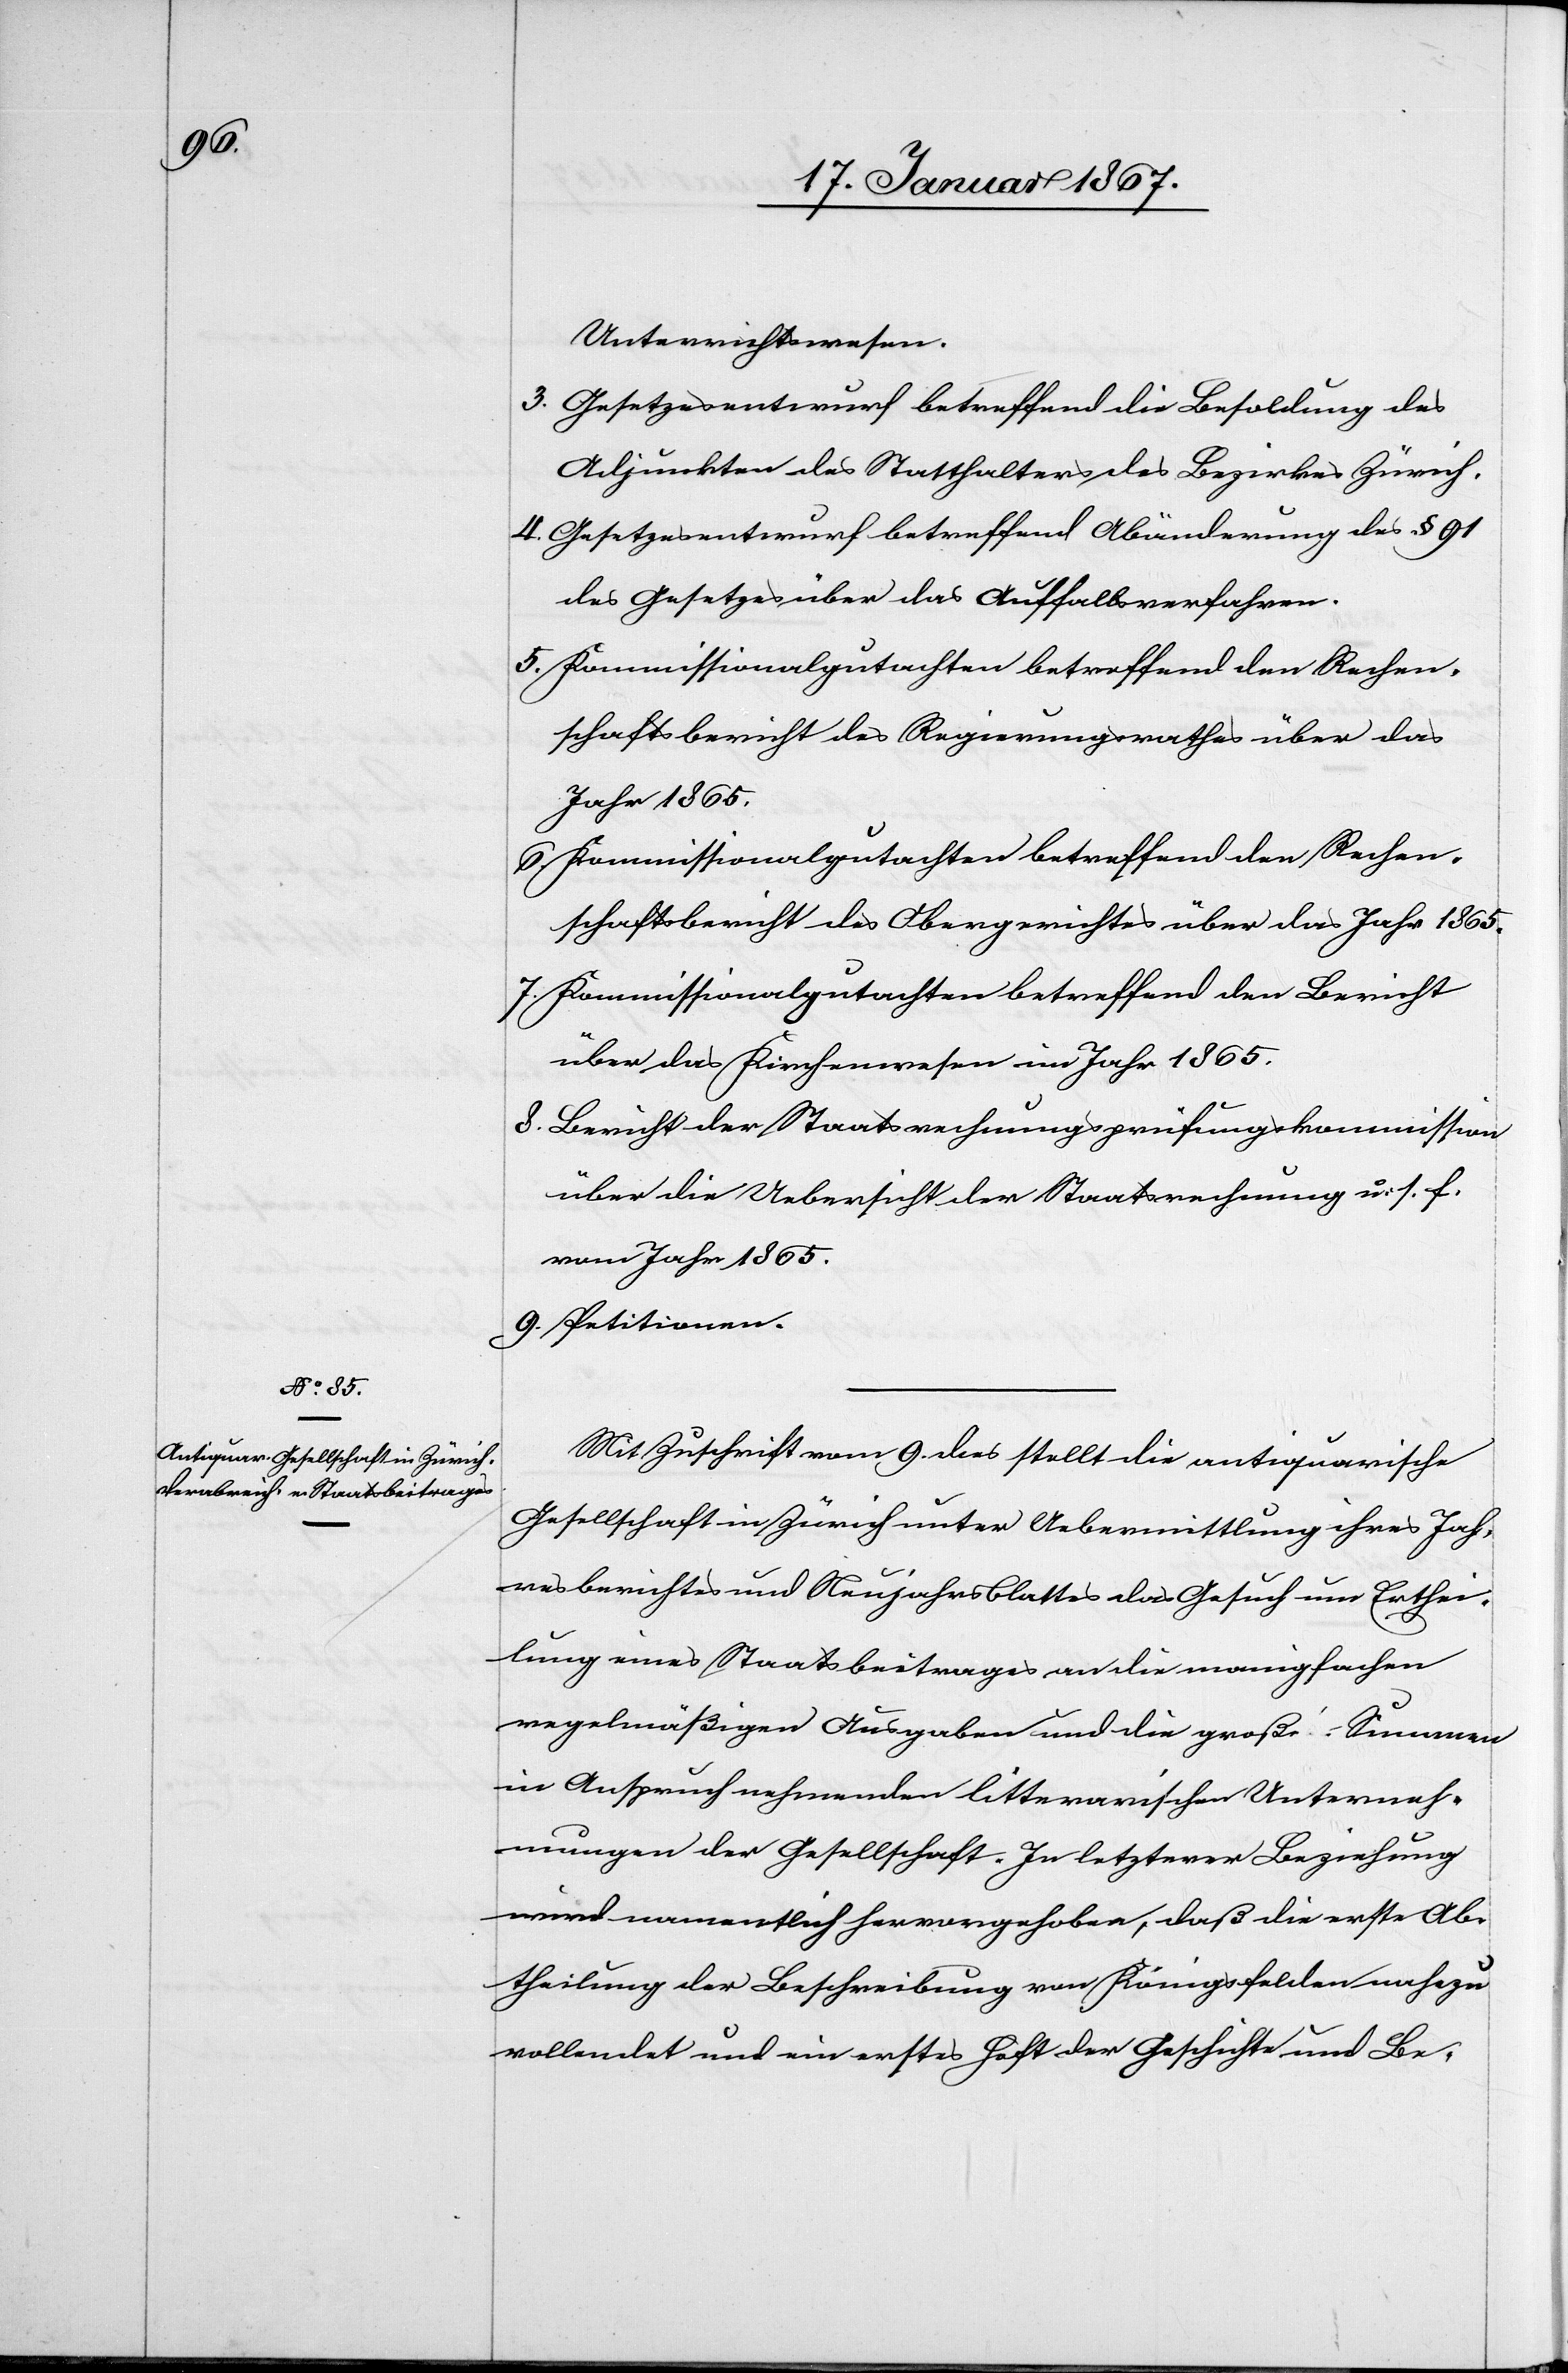
Unterrichtswesen.
3. Gesetzesentwurf betreffend die Besoldung des
Adjunkten des Statthalters des Bezirkes Zürich.
4. Gesetzesentwurf betreffend Abänderung des § 91
des Gesetzes über das Auffallsverfahren.
5. Kommissionalgutachten betreffend den Rechen¬
schaftsbericht des Regierungsrathes über das
Jahr 1865.
6. Kommissionalgutachten betreffend den Rechen¬
schaftsbericht des Obergerichtes über das Jahr 1865.
7. Kommissionalgutachten betreffend den Bericht
über das Kirchenwesen im Jahr 1865.
8. Bericht der Staatsrechnungsprüfungskommission
über die Uebersicht der Staatsrechnung u. s. f.
vom Jahr 1865.
9. Petitionen.
Mit Zuschrift vom 9. dies stellt die antiquarische
Gesellschaft in Zürich unter Uebermittlung ihres Jah¬
resberichtes und Neujahrsblattes das Gesuch um Erthei¬
lung eines Staatsbeitrages an die manigfachen
regelmäßigen Ausgaben und die große Summen
in Anspruch nehmenden litterarischen Unterneh¬
mungen der Gesellschaft. In letzterer Beziehung
wird namentlich hervorgehoben, daß die erste Ab¬
theilung der Beschreibung von Königsfelden nahezu
vollendet und ein erstes Heft der Geschichte und Be-